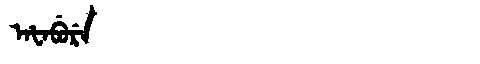
Manchu: ᠠᡶᠠᠪᡠᡵᡝ
Romanization: AFABURE